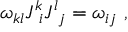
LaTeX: \omega _ { k l } J _ { \ i } ^ { k } J _ { \ j } ^ { l } = \omega _ { i j } \ ,